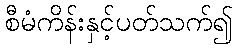
စီမံကိန်းနှင့်ပတ်သက်၍